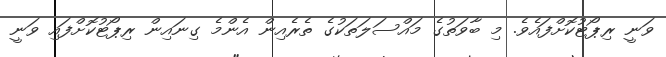
ވަނީ ރިޕޯޓުކޮށްފައެވެ. މި ބާވަތުގެ މައްސަލަތަކުގެ ތެރެއިން އެންމެ ގިނައިން ރިޕޯޓުކޮށްފައި ވަނީ